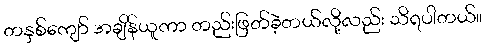
တနှစ်ကျော် အချိန်ယူကာ တည်းဖြတ်ခဲ့တယ်လို့လည်း သိရပါတယ်။